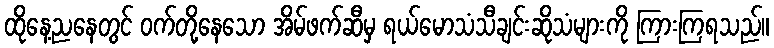
ထိုနေ့ညနေတွင် ဝက်တို့နေသော အိမ်ဖက်ဆီမှ ရယ်မောသံသီချင်းဆိုသံများကို ကြားကြရသည်။